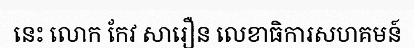
នេះ លោក កែវ សារឿន លេខាធិការសហគមន៍